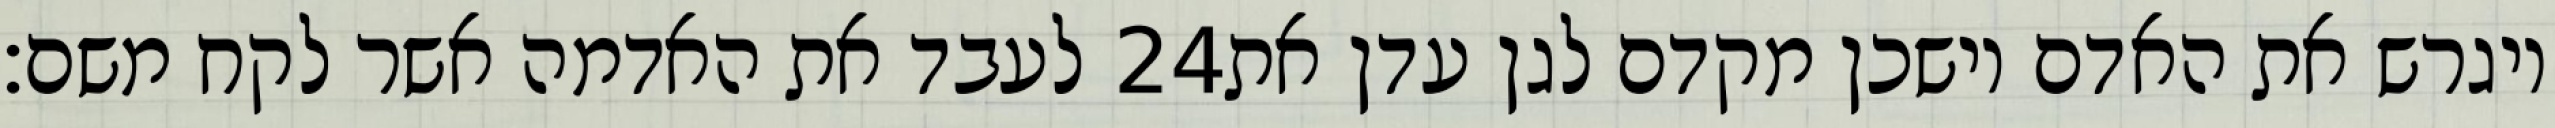
לעבד את האדמה אשר לקח משם׃ ‎24‏ ויגרש את האדם וישכן מקדם לגן עדן את